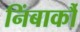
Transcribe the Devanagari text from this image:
निंबार्कौ